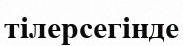
тілерсегінде